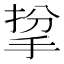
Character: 㧳